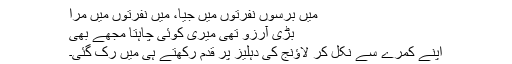
میں برسوں نفرتوں میں جیا، میں نفرتوں میں مرا
بڑی آرزو تھی میری کوئی چاہتا مجھے بھی
اپنے کمرے سے نکل کر لاؤنج کی دہلیز پر قدم رکھتے ہی میں رک گئی۔